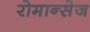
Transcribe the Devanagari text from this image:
रोमान्सेज